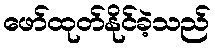
ဖော်ထုတ်နိုင်ခဲ့သည်